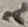
Text: 2